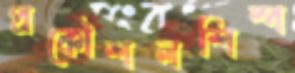
প্রকৌশলশিল্প